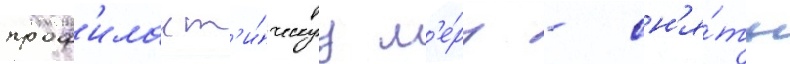
проф'илакт'и́ческуу м'е́ру - сн'я́ть